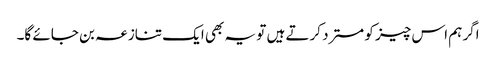
اگر ہم اس چیز کو مسترد کرتے ہیں تو یہ بھی ایک تنازعہ بن جائے گا۔